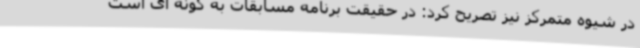
در شیوه متمرکز نیز تصریح کرد: در حقیقت برنامه مسابقات به گونه ای است